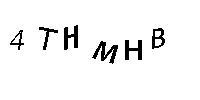
4THMHB